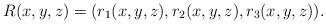
LaTeX: \begin{align*}R(x,y,z) = (r_1(x,y,z), r_2(x,y,z), r_3(x,y,z)).\end{align*}